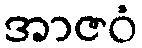
အာဇဝံ